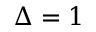
\Delta = 1